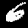
Label: 6